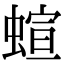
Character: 蝖